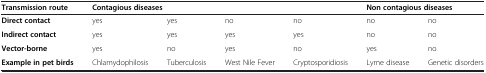
| Transmission route | <COLSPAN=4> Contagious diseases | <COLSPAN=2> Non contagious diseases |
 | --- | --- | --- | --- | --- | --- | --- |
 | Direct contact | yes | yes | no | no | no | no |
 | Indirect contact | yes | yes | yes | yes | no | no |
 | Vector-borne | yes | no | yes | no | yes | no |
 | Example in pet birds | Chlamydophilosis | Tuberculosis | West Nile Fever | Cryptosporidiosis | Lyme disease | Genetic disorders |